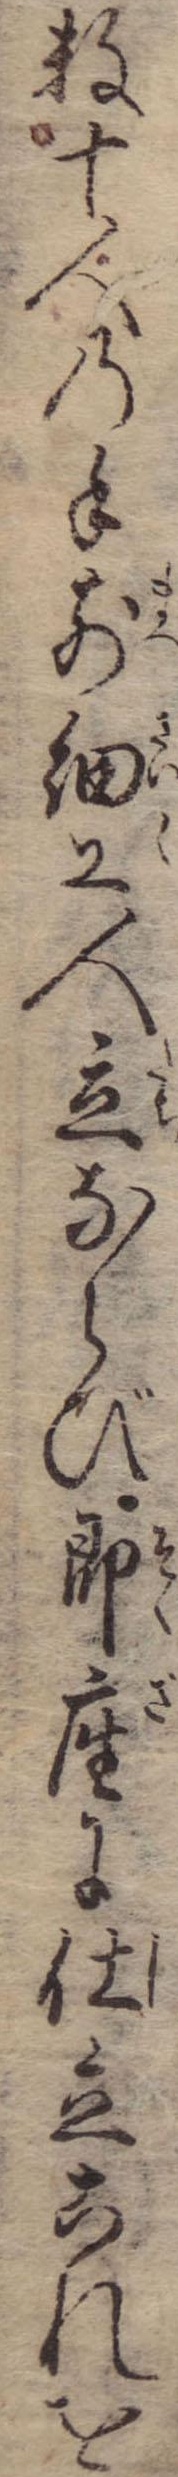
数十人の手前細工人立ならび即座に仕立これを